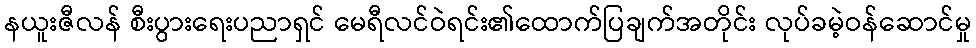
နယူးဇီလန် စီးပွားရေးပညာရှင် မေရီလင်ဝဲရင်း၏ထောက်ပြချက်အတိုင်း လုပ်ခမဲ့ဝန်ဆောင်မှု